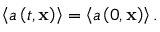
\left\langle a \left( t , \mathbf { x } \right) \right\rangle = \left\langle a \left( 0 , \mathbf { x } \right) \right\rangle .